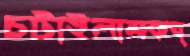
চটাইলামকব্